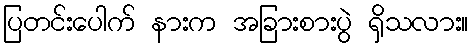
ပြတင်းပေါက် နားက အခြားစားပွဲ ရှိသလား။